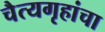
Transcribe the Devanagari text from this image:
चैत्यगृहांचा